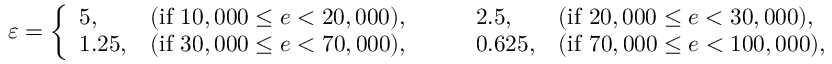
\begin{array} { r } { \varepsilon = \left\{ \begin{array} { l l l l } { 5 , } & { \mathrm { ( i f ~ } 1 0 , 0 0 0 \leq e < 2 0 , 0 0 0 \mathrm { ) } , \qquad } & { 2 . 5 , } & { \mathrm { ( i f ~ } 2 0 , 0 0 0 \leq e < 3 0 , 0 0 0 \mathrm { ) } , } \\ { 1 . 2 5 , } & { \mathrm { ( i f ~ } 3 0 , 0 0 0 \leq e < 7 0 , 0 0 0 \mathrm { ) } , \qquad } & { 0 . 6 2 5 , } & { \mathrm { ( i f ~ } 7 0 , 0 0 0 \leq e < 1 0 0 , 0 0 0 \mathrm { ) } , } \end{array} \right. } \end{array}